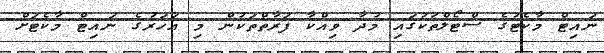
ނައިޓް މާކެޓުގެ ސްޓޯލްތަކުގައި މުދާ ވިއްކާ ފަރާތްތަކުން މި އަހަރުގެ ނައިޓް މާކެޓަށް